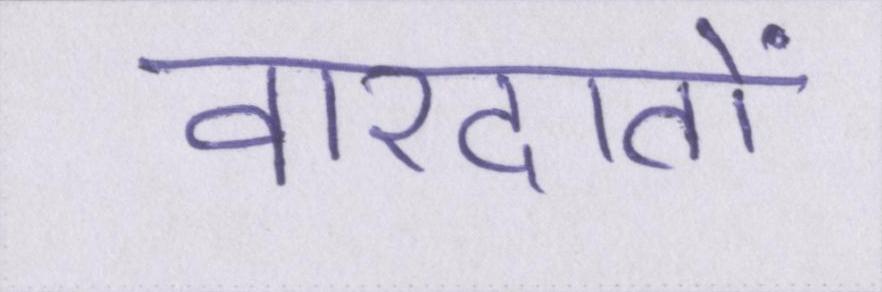
वारदातों